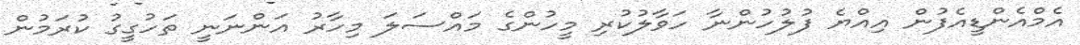
އެމްއެންޑީއެފުން އިއްޔެ ފުލުހުންނާ ހަވާލުކުރި މީހުންގެ މައްސަލަ މިހާރު އަންނަނީ ތަހުގީގު ކުރަމުން